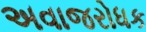
અવાજરોધક